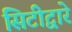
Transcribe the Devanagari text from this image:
सिटीद्वारे